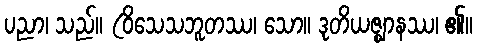
ပညာ၊ သည်။ (ဝိသေသဘူတဿ၊ သော။ ဒုတိယဇ္ဈာနဿ၊ ၏။